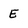
Character: E